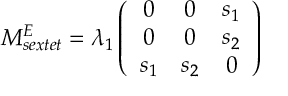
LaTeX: M _ { s e x t e t } ^ { E } = \lambda _ { 1 } \left( \begin{array} { c c c } { { 0 } } & { { 0 } } & { { s _ { 1 } } } \\ { { 0 } } & { { 0 } } & { { s _ { 2 } } } \\ { { s _ { 1 } } } & { { s _ { 2 } } } & { { 0 } } \end{array} \right)